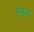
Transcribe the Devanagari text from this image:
निकल